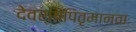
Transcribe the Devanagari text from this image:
देवर्षिपितृमानवाः